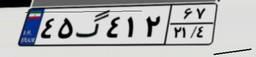
۴۵گ۴۱۲۶۷